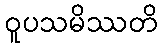
ဝူပသမိဿတိ